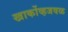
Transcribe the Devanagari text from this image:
खार्कोव्हजवळ